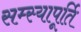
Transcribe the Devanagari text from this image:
सम्स्यापूर्ति